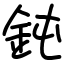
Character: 鈍